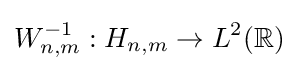
W_{n,m}^{-1}:H_{n,m}\to L^{2}(\mathbb {R} )